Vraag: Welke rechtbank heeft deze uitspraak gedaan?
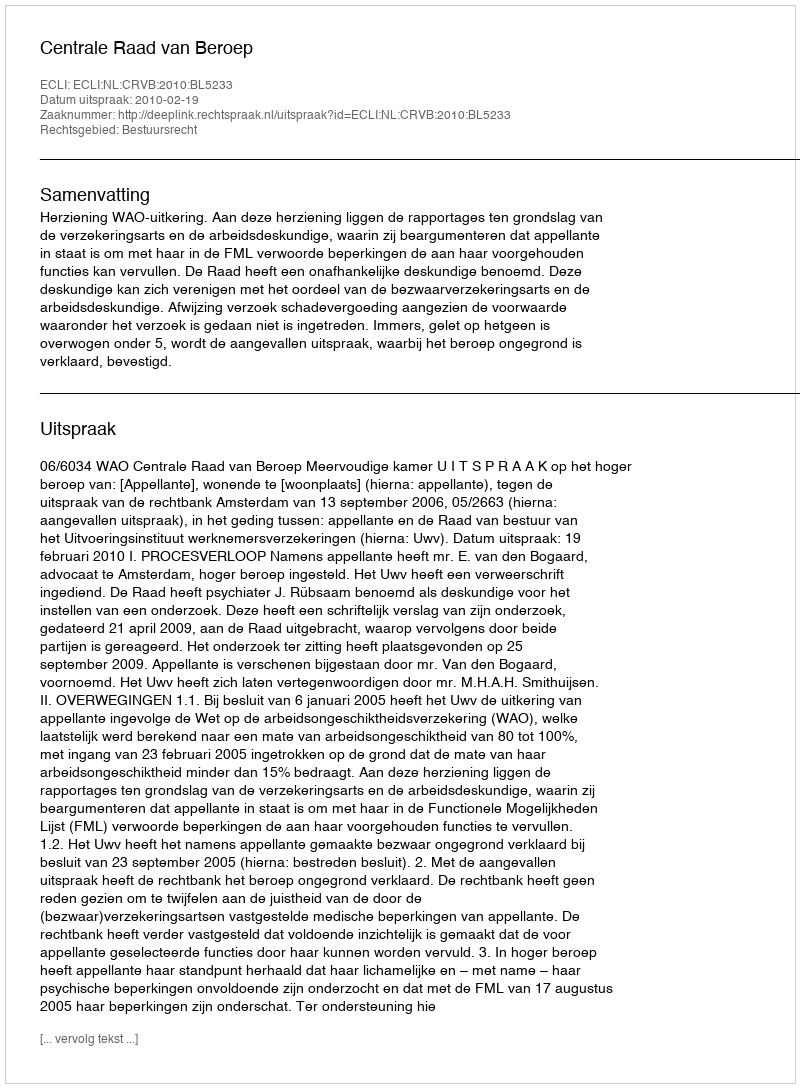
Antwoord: Centrale Raad van Beroep